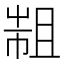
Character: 𢄄